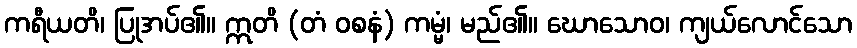
ကရီယတိ၊ ပြုအပ်၏။ ဣတိ (တံ ဝစနံ) ကမ္မံ၊ မည်၏။ ဃောသောဝ၊ ကျယ်လောင်သော